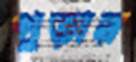
পুড়ায়